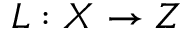
L : X \to Z